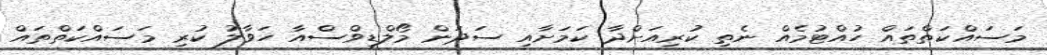
މަސައްކަތްތައް ހުއްޓުމެއް ނެތި ކުރިއަށްދާ ކަމަށާއި ސަދަން މޯލްޑިވްސްއާ ހަވާލު ކުރި މަސައްކަތްތައް